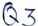
Text: Q3